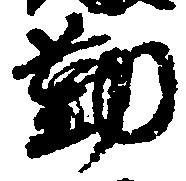
勤